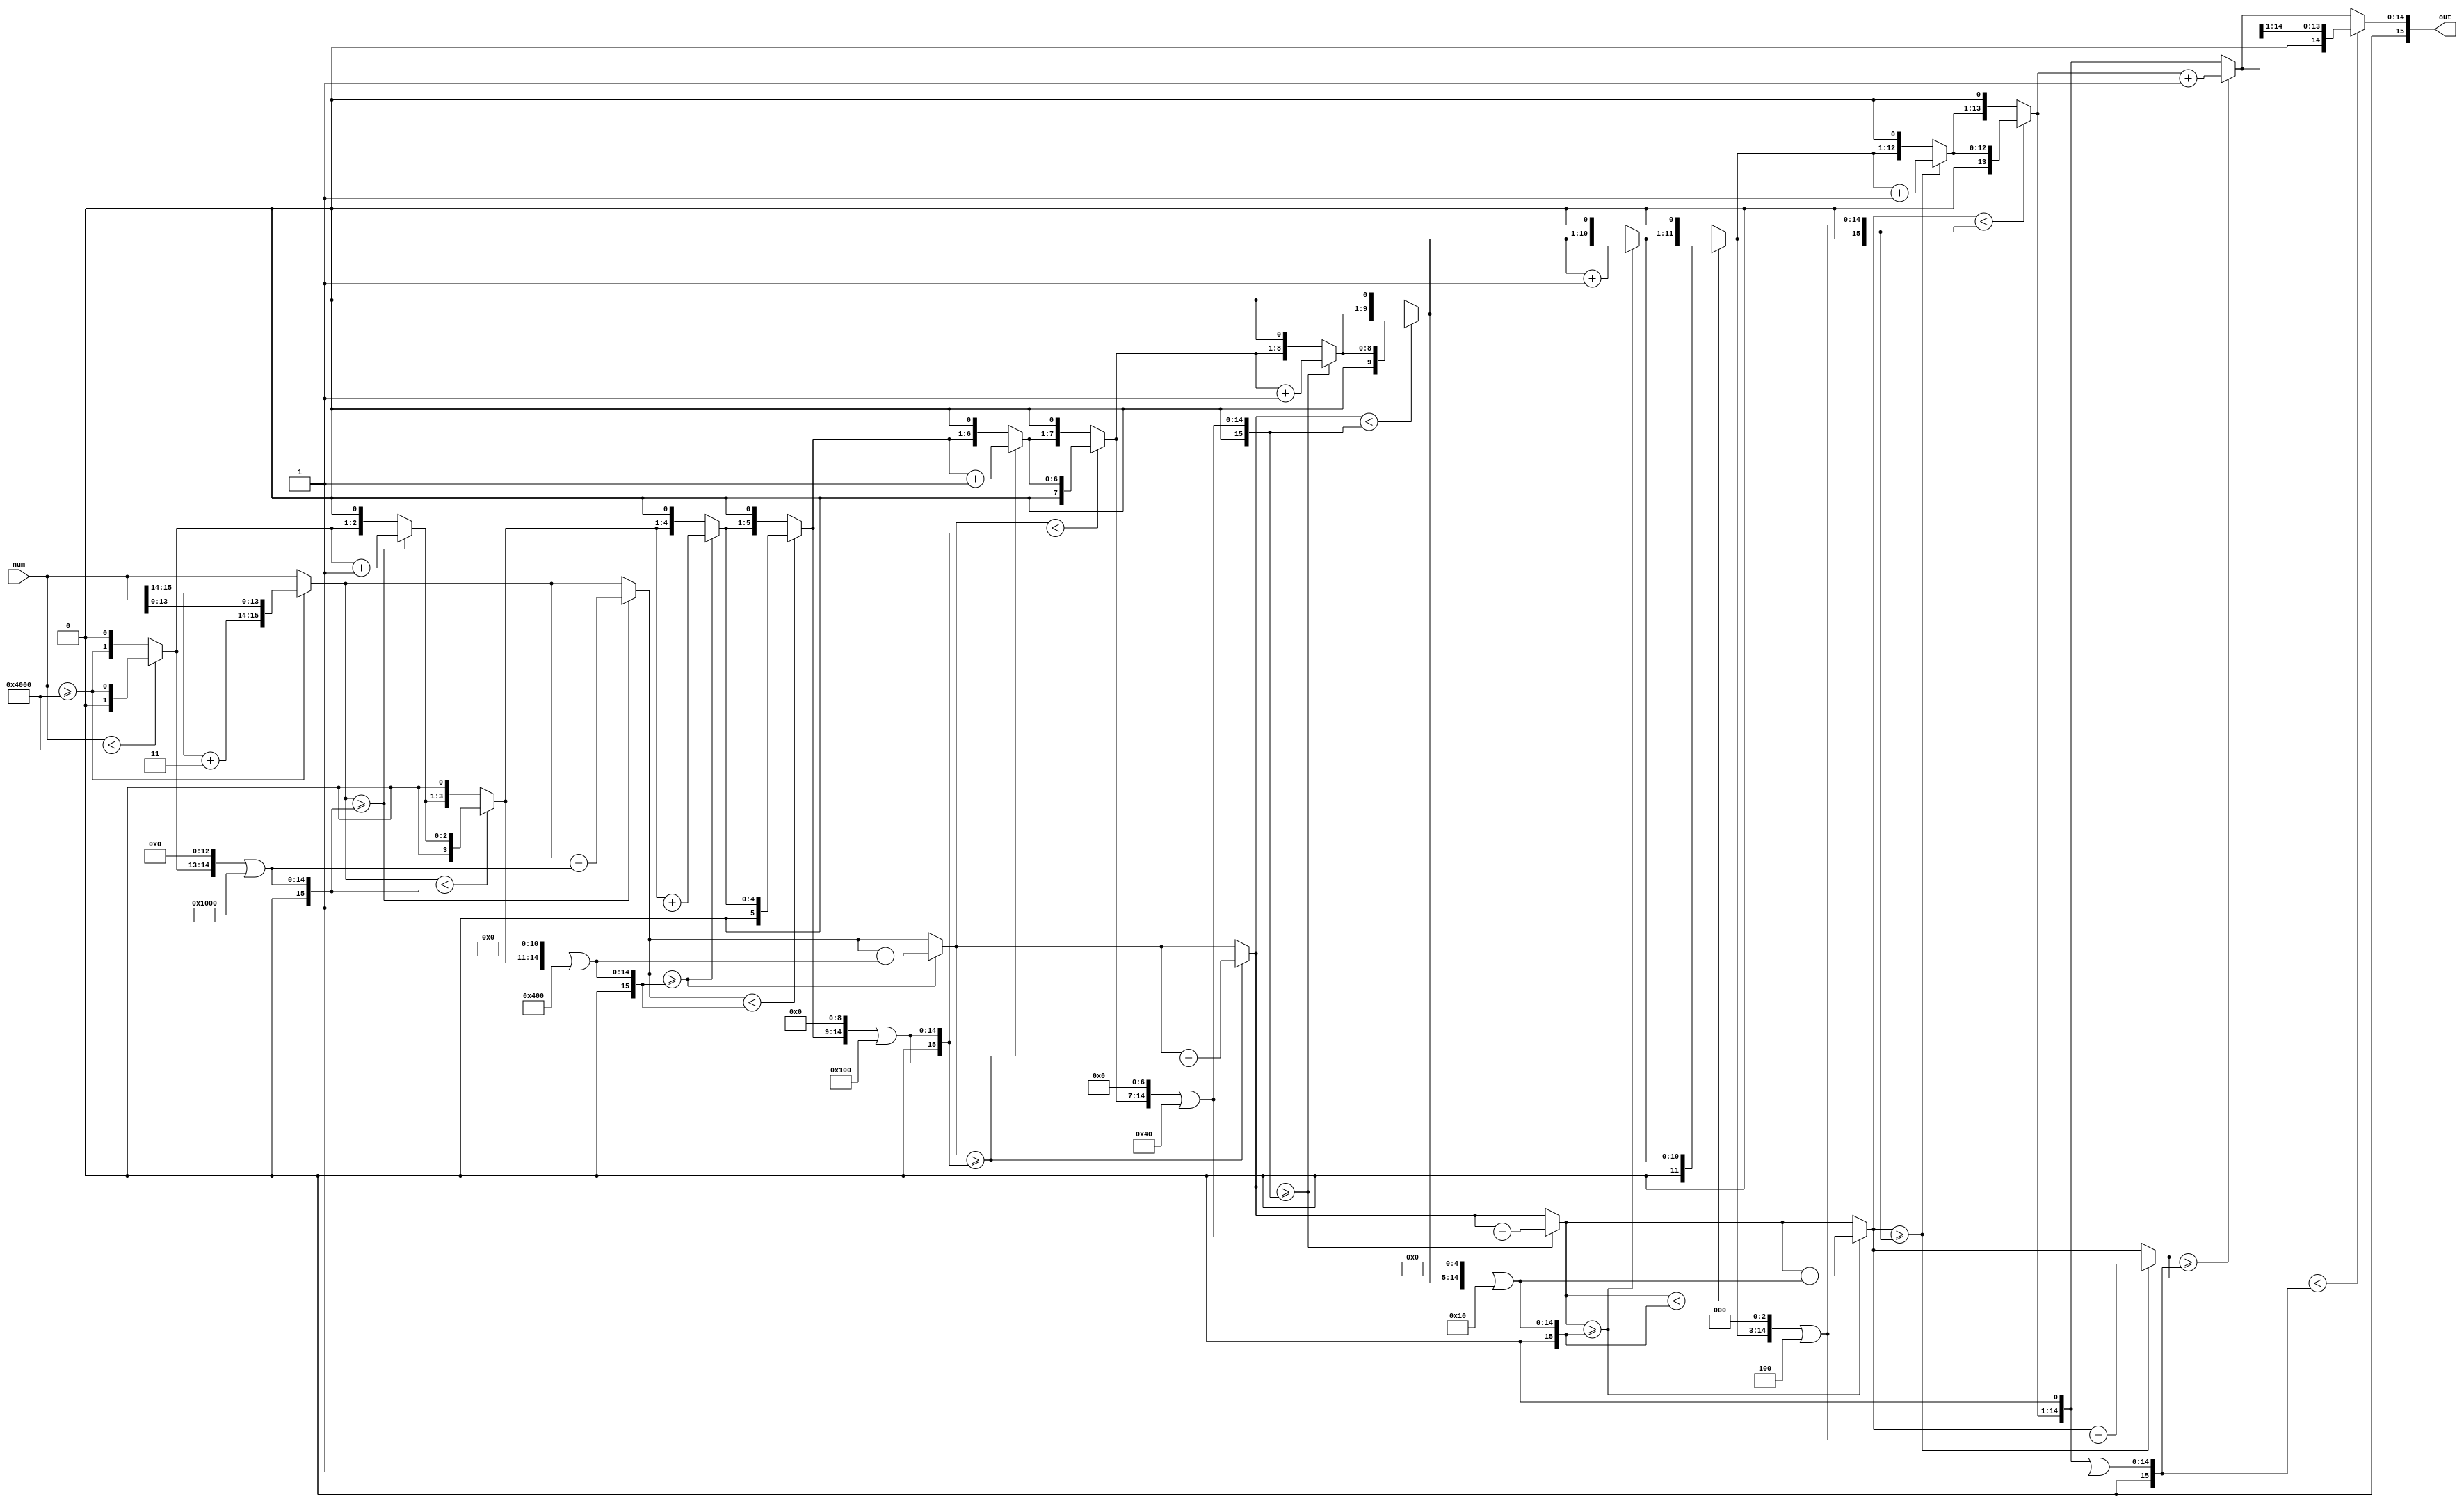
// This program was cloned from: https://github.com/Chair-for-Security-Engineering/fhewsyn
// License: BSD 3-Clause "New" or "Revised" License

// Copyright 2021 Google LLC
//
// Licensed under the Apache License, Version 2.0 (the "License");
// you may not use this file except in compliance with the License.
// You may obtain a copy of the License at
//
//      http://www.apache.org/licenses/LICENSE-2.0
//
// Unless required by applicable law or agreed to in writing, software
// distributed under the License is distributed on an "AS IS" BASIS,
// WITHOUT WARRANTIES OR CONDITIONS OF ANY KIND, either express or implied.
// See the License for the specific language governing permissions and
// limitations under the License.
module isqrt(
  input wire [15:0] num,
  output wire [15:0] out
);
  wire [31:0] sign_ext_1895;
  wire sge_1900;
  wire [1:0] add_1903;
  wire [1:0] sel_1910;
  wire [15:0] sel_1912;
  wire [31:0] sign_ext_1916;
  wire [31:0] or_1917;
  wire sge_1923;
  wire [2:0] add_1925;
  wire [2:0] sel_1928;
  wire [15:0] sub_1935;
  wire [3:0] sel_1937;
  wire [15:0] sel_1939;
  wire [31:0] sign_ext_1943;
  wire [31:0] or_1944;
  wire sge_1950;
  wire [4:0] add_1952;
  wire [4:0] sel_1955;
  wire [15:0] sub_1962;
  wire [5:0] sel_1964;
  wire [15:0] sel_1966;
  wire [31:0] sign_ext_1970;
  wire [31:0] or_1971;
  wire sge_1977;
  wire [6:0] add_1979;
  wire [6:0] sel_1982;
  wire [15:0] sub_1989;
  wire [7:0] sel_1991;
  wire [15:0] sel_1993;
  wire [31:0] sign_ext_1997;
  wire [31:0] or_1998;
  wire sge_2004;
  wire [8:0] add_2006;
  wire [8:0] sel_2009;
  wire [15:0] sub_2016;
  wire [9:0] sel_2018;
  wire [15:0] sel_2020;
  wire [31:0] sign_ext_2024;
  wire [31:0] or_2025;
  wire sge_2031;
  wire [10:0] add_2033;
  wire [10:0] sel_2036;
  wire [15:0] sub_2043;
  wire [11:0] sel_2045;
  wire [15:0] sel_2047;
  wire [31:0] sign_ext_2051;
  wire [31:0] or_2052;
  wire sge_2058;
  wire [12:0] add_2060;
  wire [12:0] sel_2063;
  wire [15:0] sub_2070;
  wire [13:0] sel_2072;
  wire [15:0] sel_2074;
  wire [31:0] sign_ext_2078;
  wire [31:0] or_2079;
  wire [14:0] add_2085;
  wire [14:0] sel_2086;
  assign sign_ext_1895 = {{16{num[15]}}, num};
  assign sge_1900 = $signed(sign_ext_1895) >= $signed(32'h0000_4000);
  assign add_1903 = num[15:14] + 2'h3;
  assign sel_1910 = $signed(sign_ext_1895) < $signed(32'h0000_4000) ? {1'h0, sge_1900} : {sge_1900, 1'h0};
  assign sel_1912 = sge_1900 ? {add_1903, num[13:0]} : num;
  assign sign_ext_1916 = {{16{sel_1912[15]}}, sel_1912};
  assign or_1917 = {17'h0_0000, sel_1910, 13'h0000} | 32'h0000_1000;
  assign sge_1923 = $signed(sign_ext_1916) >= $signed(or_1917);
  assign add_1925 = {1'h0, sel_1910} + 3'h1;
  assign sel_1928 = sge_1923 ? add_1925 : {sel_1910, 1'h0};
  assign sub_1935 = sel_1912 - ({1'h0, sel_1910, 13'h0000} | 16'h1000);
  assign sel_1937 = $signed(sign_ext_1916) < $signed(or_1917) ? {1'h0, sel_1928} : {sel_1928, 1'h0};
  assign sel_1939 = sge_1923 ? sub_1935 : sel_1912;
  assign sign_ext_1943 = {{16{sel_1939[15]}}, sel_1939};
  assign or_1944 = {17'h0_0000, sel_1937, 11'h000} | 32'h0000_0400;
  assign sge_1950 = $signed(sign_ext_1943) >= $signed(or_1944);
  assign add_1952 = {1'h0, sel_1937} + 5'h01;
  assign sel_1955 = sge_1950 ? add_1952 : {sel_1937, 1'h0};
  assign sub_1962 = sel_1939 - ({1'h0, sel_1937, 11'h000} | 16'h0400);
  assign sel_1964 = $signed(sign_ext_1943) < $signed(or_1944) ? {1'h0, sel_1955} : {sel_1955, 1'h0};
  assign sel_1966 = sge_1950 ? sub_1962 : sel_1939;
  assign sign_ext_1970 = {{16{sel_1966[15]}}, sel_1966};
  assign or_1971 = {17'h0_0000, sel_1964, 9'h000} | 32'h0000_0100;
  assign sge_1977 = $signed(sign_ext_1970) >= $signed(or_1971);
  assign add_1979 = {1'h0, sel_1964} + 7'h01;
  assign sel_1982 = sge_1977 ? add_1979 : {sel_1964, 1'h0};
  assign sub_1989 = sel_1966 - ({1'h0, sel_1964, 9'h000} | 16'h0100);
  assign sel_1991 = $signed(sign_ext_1970) < $signed(or_1971) ? {1'h0, sel_1982} : {sel_1982, 1'h0};
  assign sel_1993 = sge_1977 ? sub_1989 : sel_1966;
  assign sign_ext_1997 = {{16{sel_1993[15]}}, sel_1993};
  assign or_1998 = {17'h0_0000, sel_1991, 7'h00} | 32'h0000_0040;
  assign sge_2004 = $signed(sign_ext_1997) >= $signed(or_1998);
  assign add_2006 = {1'h0, sel_1991} + 9'h001;
  assign sel_2009 = sge_2004 ? add_2006 : {sel_1991, 1'h0};
  assign sub_2016 = sel_1993 - ({1'h0, sel_1991, 7'h00} | 16'h0040);
  assign sel_2018 = $signed(sign_ext_1997) < $signed(or_1998) ? {1'h0, sel_2009} : {sel_2009, 1'h0};
  assign sel_2020 = sge_2004 ? sub_2016 : sel_1993;
  assign sign_ext_2024 = {{16{sel_2020[15]}}, sel_2020};
  assign or_2025 = {17'h0_0000, sel_2018, 5'h00} | 32'h0000_0010;
  assign sge_2031 = $signed(sign_ext_2024) >= $signed(or_2025);
  assign add_2033 = {1'h0, sel_2018} + 11'h001;
  assign sel_2036 = sge_2031 ? add_2033 : {sel_2018, 1'h0};
  assign sub_2043 = sel_2020 - ({1'h0, sel_2018, 5'h00} | 16'h0010);
  assign sel_2045 = $signed(sign_ext_2024) < $signed(or_2025) ? {1'h0, sel_2036} : {sel_2036, 1'h0};
  assign sel_2047 = sge_2031 ? sub_2043 : sel_2020;
  assign sign_ext_2051 = {{16{sel_2047[15]}}, sel_2047};
  assign or_2052 = {17'h0_0000, sel_2045, 3'h0} | 32'h0000_0004;
  assign sge_2058 = $signed(sign_ext_2051) >= $signed(or_2052);
  assign add_2060 = {1'h0, sel_2045} + 13'h0001;
  assign sel_2063 = sge_2058 ? add_2060 : {sel_2045, 1'h0};
  assign sub_2070 = sel_2047 - ({1'h0, sel_2045, 3'h0} | 16'h0004);
  assign sel_2072 = $signed(sign_ext_2051) < $signed(or_2052) ? {1'h0, sel_2063} : {sel_2063, 1'h0};
  assign sel_2074 = sge_2058 ? sub_2070 : sel_2047;
  assign sign_ext_2078 = {{16{sel_2074[15]}}, sel_2074};
  assign or_2079 = {17'h0_0000, sel_2072, 1'h0} | 32'h0000_0001;
  assign add_2085 = {1'h0, sel_2072} + 15'h0001;
  assign sel_2086 = $signed(sign_ext_2078) >= $signed(or_2079) ? add_2085 : {sel_2072, 1'h0};
  assign out = {1'h0, $signed(sign_ext_2078) < $signed(or_2079) ? {1'h0, sel_2086[14:1]} : sel_2086};
endmodule